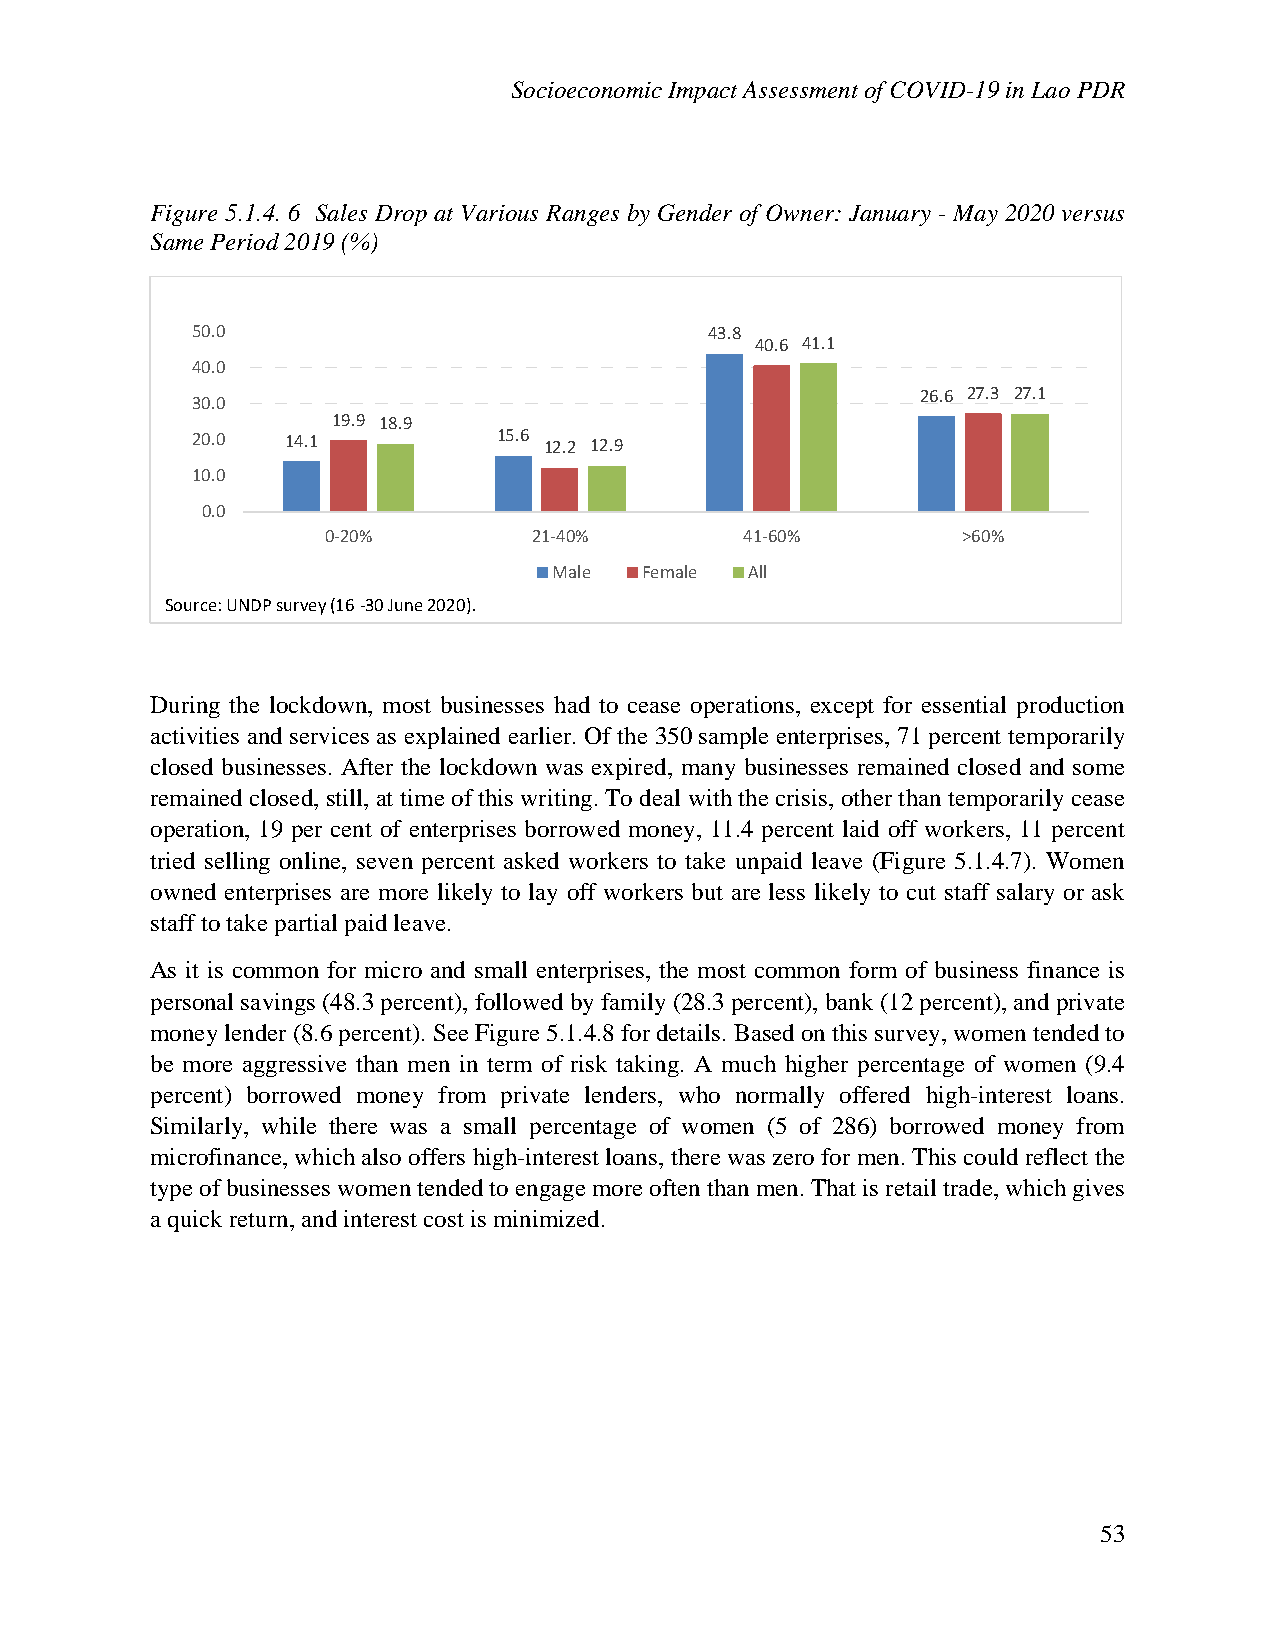
Socioeconomic Impact Assessment of COVID-19 in Lao PDR
 Figure 5.1.4. 6 Sales Drop at Various Ranges by Gender of Owner: January - May 2020 versus
 Same Period 2019 (%)
 50.0                              43.8
 40.6 41.1
 40.0
 26.6 27.3 27.1
 30.0
 19.9 18.9
 20.0  14.1          15.6 12.2 12.9
 10.0
 0.0
 0-20%        21-40%        41-60%         >60%
 Male Female  All
 Source: UNDP survey (16 -30 June 2020).
 During the lockdown, most businesses had to cease operations, except for essential production
 activities and services as explained earlier. Of the 350 sample enterprises, 71 percent temporarily
 closed businesses. After the lockdown was expired, many businesses remained closed and some
 remained closed, still, at time of this writing. To deal with the crisis, other than temporarily cease
 operation, 19 per cent of enterprises borrowed money, 11.4 percent laid off workers, 11 percent
 tried selling online, seven percent asked workers to take unpaid leave (Figure 5.1.4.7). Women
 owned enterprises are more likely to lay off workers but are less likely to cut staff salary or ask
 staff to take partial paid leave.
 As it is common for micro and small enterprises, the most common form of business finance is
 personal savings (48.3 percent), followed by family (28.3 percent), bank (12 percent), and private
 money lender (8.6 percent). See Figure 5.1.4.8 for details. Based on this survey, women tended to
 be more aggressive than men in term of risk taking. A much higher percentage of women (9.4
 percent) borrowed money from private lenders, who normally offered high-interest loans.
 Similarly, while there was a small percentage of women (5 of 286) borrowed money from
 microfinance, which also offers high-interest loans, there was zero for men. This could reflect the
 type of businesses women tended to engage more often than men. That is retail trade, which gives
 a quick return, and interest cost is minimized.
 53